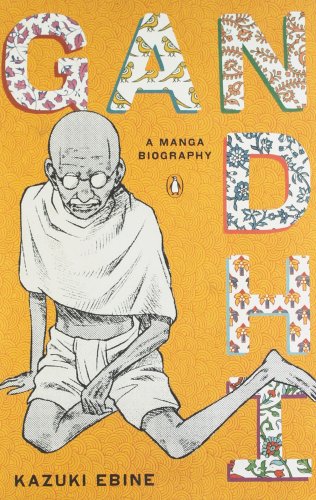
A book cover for Gandhi: A Manga Biography; Kazuki Ebine; Comics & Graphic Novels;